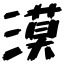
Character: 漠